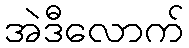
အဲဒီလောက်